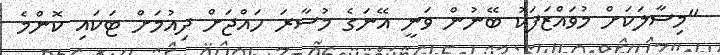
"މިސާލަކަށް މުވައްޒަފަކު ބޭނުން ވަނީ އޭނަގެ މުސާރަ ހައްޖަށް ދިއުމަށް ޓަކައި ކޮންމެ